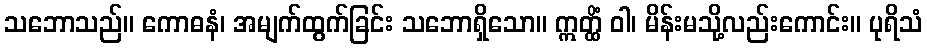
သဘောသည်။ ကောဓနံ၊ အမျက်ထွက်ခြင်း သဘောရှိသော။ ဣတ္ထိံ ဝါ၊ မိန်းမသို့လည်းကောင်း။ ပုရိသံ